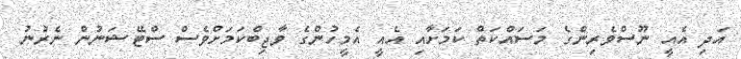
އަދި އެއީ ނޫސްވެރިންގެ މަސައްކަތް ކަމަށާއި އެއީ އެމީހުންގެ ވާޖިބްކަމަށްވެސް ސްޓޭޝަނުން ނެރުނު